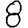
Digit: 8